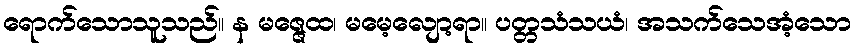
ရောက်သောသူသည်။ န မဇ္ဇေထ၊ မမေ့လျော့ရာ။ ပတ္တသံသယံ၊ အသက်သေအံ့သော